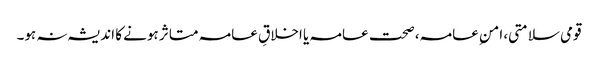
قومی سلامتی، امنِ عامہ، صحت عامہ یا اخلاقِ عامہ متاثر ہونے کا اندیشہ نہ ہو۔